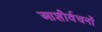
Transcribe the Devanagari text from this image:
आशीर्वचनों